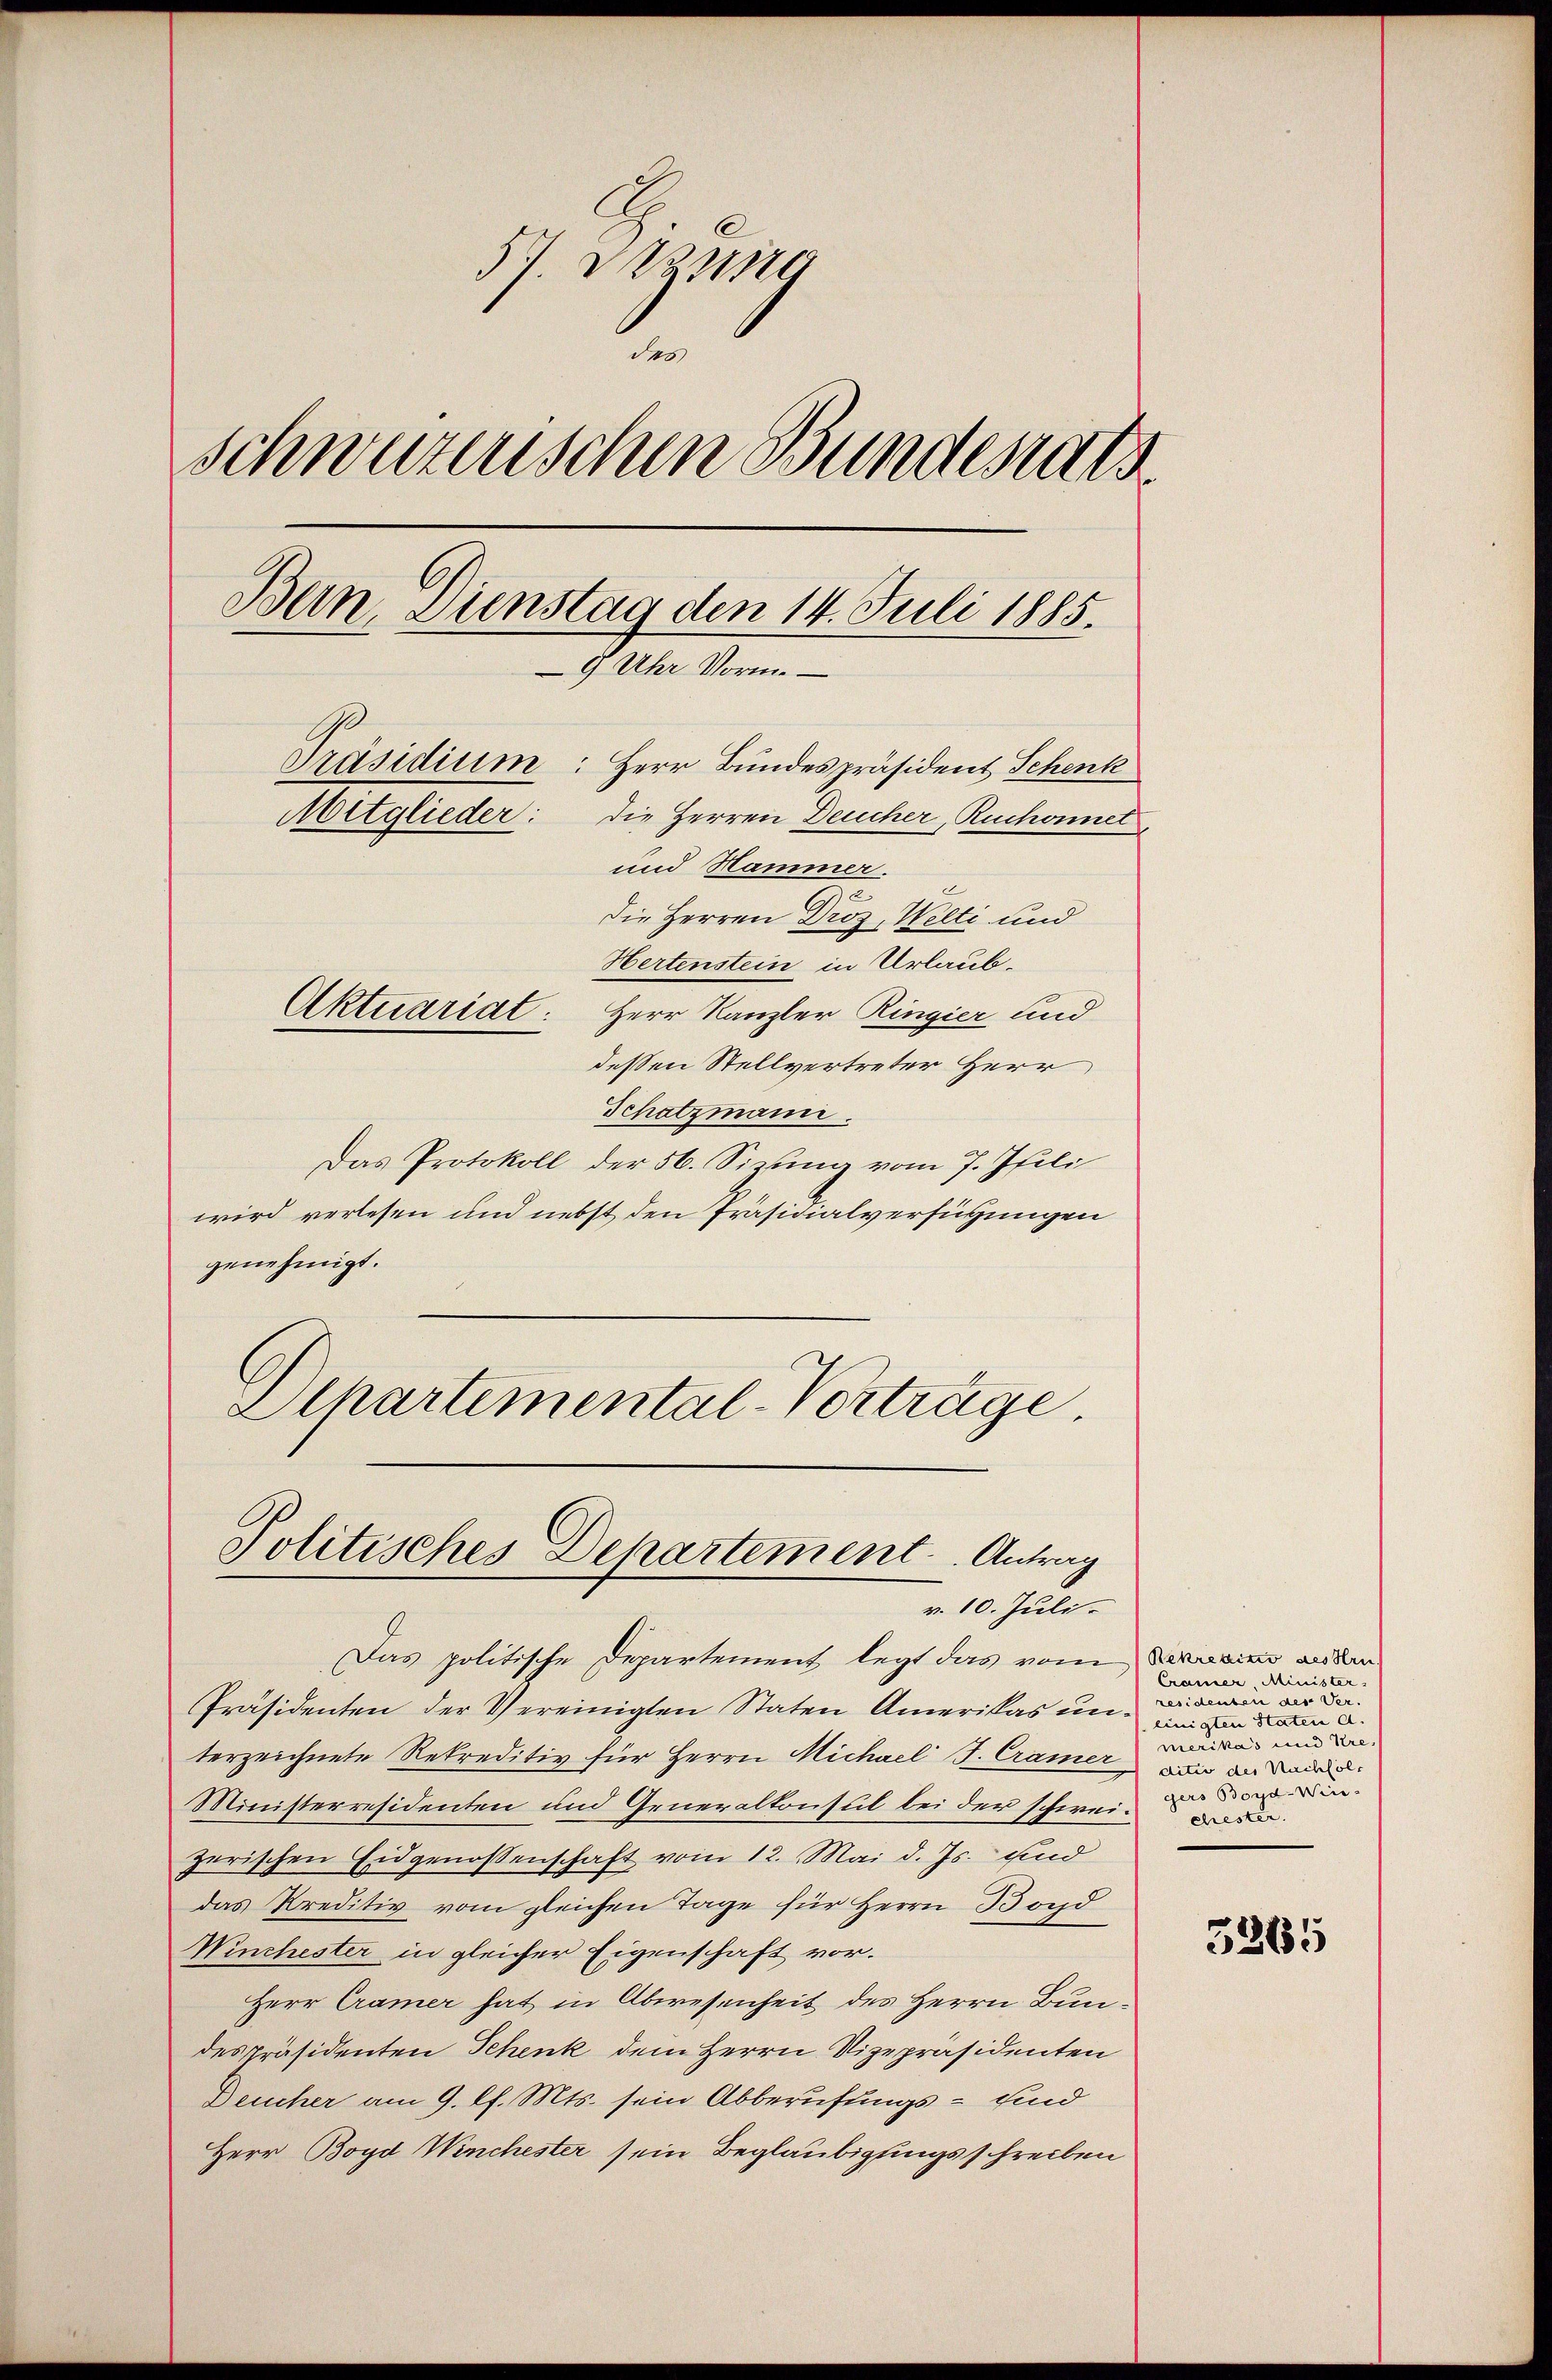
5 nic
d
schweizerischen Bundesrats
Bein. Dienstag den 14. Juli 1885.
9 Uhr Vorm.
Präsidium: Herr Bundespräsident Schenk
Mitglieder: die Herren Deucher, Ruchonnet
und Hammer.
die Herren Droz, Welti und
Hertenstein in Urlaub¬
Aktuariat: Herr Kanzler Ringier und
dessen Stellvertreter Herr

Schatzmann.
Das Protokoll der 56. Sizung vom 7. Jfili
wird verlesen und nebst den Präsidialverfügungen
genehmigt.
Alhartemental-Verträge.

Politisches Departement. Antrag
v. 10. Juli.

Präsidenten der Vereinigten Staten Amerikas unterzeichnete Rekreditiv für Herrn Michael S. Cramer an de
Ministerresidenten und Generalkonsul bei der schwei-
zerischen Eidgenossenschaft vom 12. Mai d. Js. und
das Kreditiv vom gleichen Tage für Herrn Bord
Winchester in gleicher Eigenschaft vor.
Herr Cramer hat in Abwesenheit des Herrn Bundespräsidenten Schenk dem Herrn Vizepräsidenten
Deucher am 9. Ch. Mts. sein Abberufungs- sind
Herr Boyd Winchester sein Beglaubigungsschreiben

Das politische Departement legt das vom Bereien anden

Cramer, Minister
residenten des Vereinigten Staten d
merikas und Ure,
gers Boyd-Win

5265